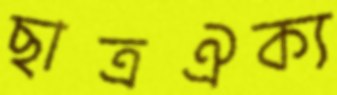
ছাত্রঐক্য